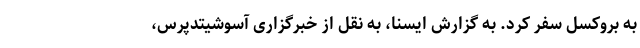
به بروکسل سفر کرد. به گزارش ایسنا، به نقل از خبرگزاری آسوشیتدپرس،